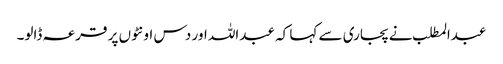
عبدالمطلب نے پجاری سے کہا کہ عبداللہ اور دس اونٹوں پر قرعہ ڈالو۔